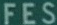
FES